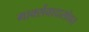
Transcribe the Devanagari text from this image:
मार्क्सवादासोबत